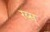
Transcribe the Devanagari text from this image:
रय्स्